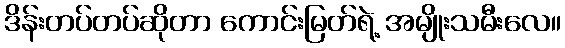
ဒိန်းတပ်တပ်ဆိုတာ ကောင်းမြတ်ရဲ့ အမျိုးသမီးလေ။